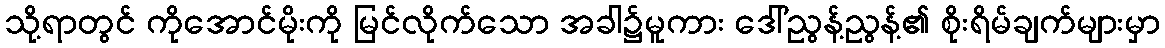
သို့ရာတွင် ကိုအောင်မိုးကို မြင်လိုက်သော အခါ၌မူကား ဒေါ်ညွန့်ညွန့်၏ စိုးရိမ်ချက်များမှာ